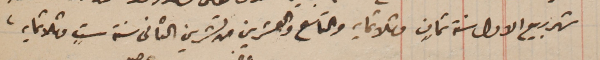
شهر ربيع الاول ستة ثمانٍ وثلاثمايه والتاسع والعشرين من تشرين الثانى سنة ستٍ وثلاثمايه.